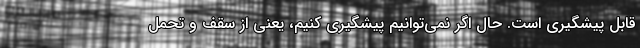
قابل پیشگیری است. حال اگر نمی‌توانیم پیشگیری کنیم، یعنی از سقف و تحمل